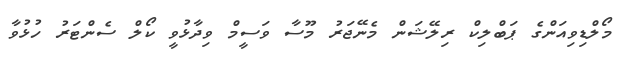
މޯލްޑިވިއަންގެ ޕަބްލިކް ރިލޭޝަން މެނޭޖަރު މޫސާ ވަސީމް ވިދާޅުވީ ކޯލް ސެންޓަރު ހުޅުވާ